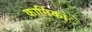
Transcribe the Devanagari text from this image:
कार्मिकांे